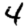
Digit: 4